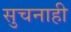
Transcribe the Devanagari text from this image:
सुचनाही